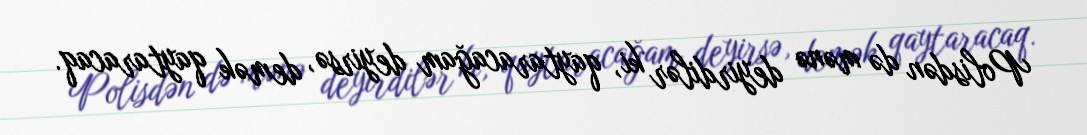
Polisdən də mənə deyirdilər ki, qaytaracağam deyirsə, demək qaytaracaq.